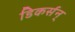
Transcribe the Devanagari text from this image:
डिकर्सन्